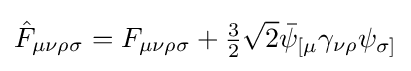
{\hat {F}}_{\mu \nu \rho \sigma }=F_{\mu \nu \rho \sigma }+{\tfrac {3}{2}}{\sqrt {2}}{\bar {\psi }}_{[\mu }\gamma _{\nu \rho }\psi _{\sigma ]}